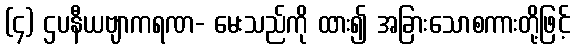
(၄) ဌပနီယဗျာကရဏ- မေးသည်ကို ထား၍ အခြားသောစကားတို့ဖြင့်